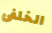
الخلفى